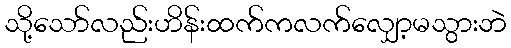
သို့သော်လည်းဟိန်းထက်ကလက်လျှော့မသွားဘဲ